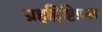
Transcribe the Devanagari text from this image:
ग्रहद्रिष्टिफ़ल